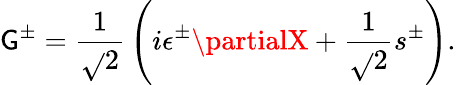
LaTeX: \mathsf{G}^{\pm}={\frac{{1}}{{\sqrt{}{2}}}}\left(i\epsilon^{\pm}\partialX+{\frac{{1}}{{\sqrt{}{2}}}}s^{\pm}\right).